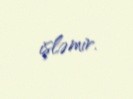
işləmir.